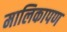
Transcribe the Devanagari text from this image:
मालिकापण